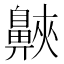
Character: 𪖨